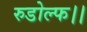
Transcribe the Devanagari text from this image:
रुडोल्फ।।